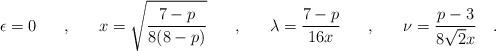
\begin{align*}\epsilon=0 \hspace{0.7cm},\hspace{0.7cm} x = \sqrt{\frac{7-p}{8(8-p)}}\hspace{0,7cm},\hspace{0.7cm} {\lambda} = \frac{7-p}{16x}\hspace{0.7cm},\hspace{0.7cm} \nu = \frac{p-3}{8 \sqrt{2}x } \quad .\end{align*}